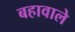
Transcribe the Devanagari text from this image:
बहावाले